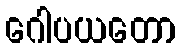
ဂေါပယတော